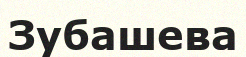
Зубашева